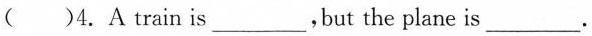
( )4. train is___,but the plane is___.